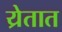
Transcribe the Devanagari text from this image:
य्रेतात